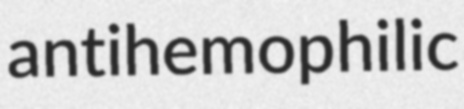
antihemophilic